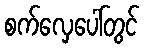
စက်လှေပေါ်တွင်